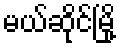
မယ်ဆိုင်မြို့